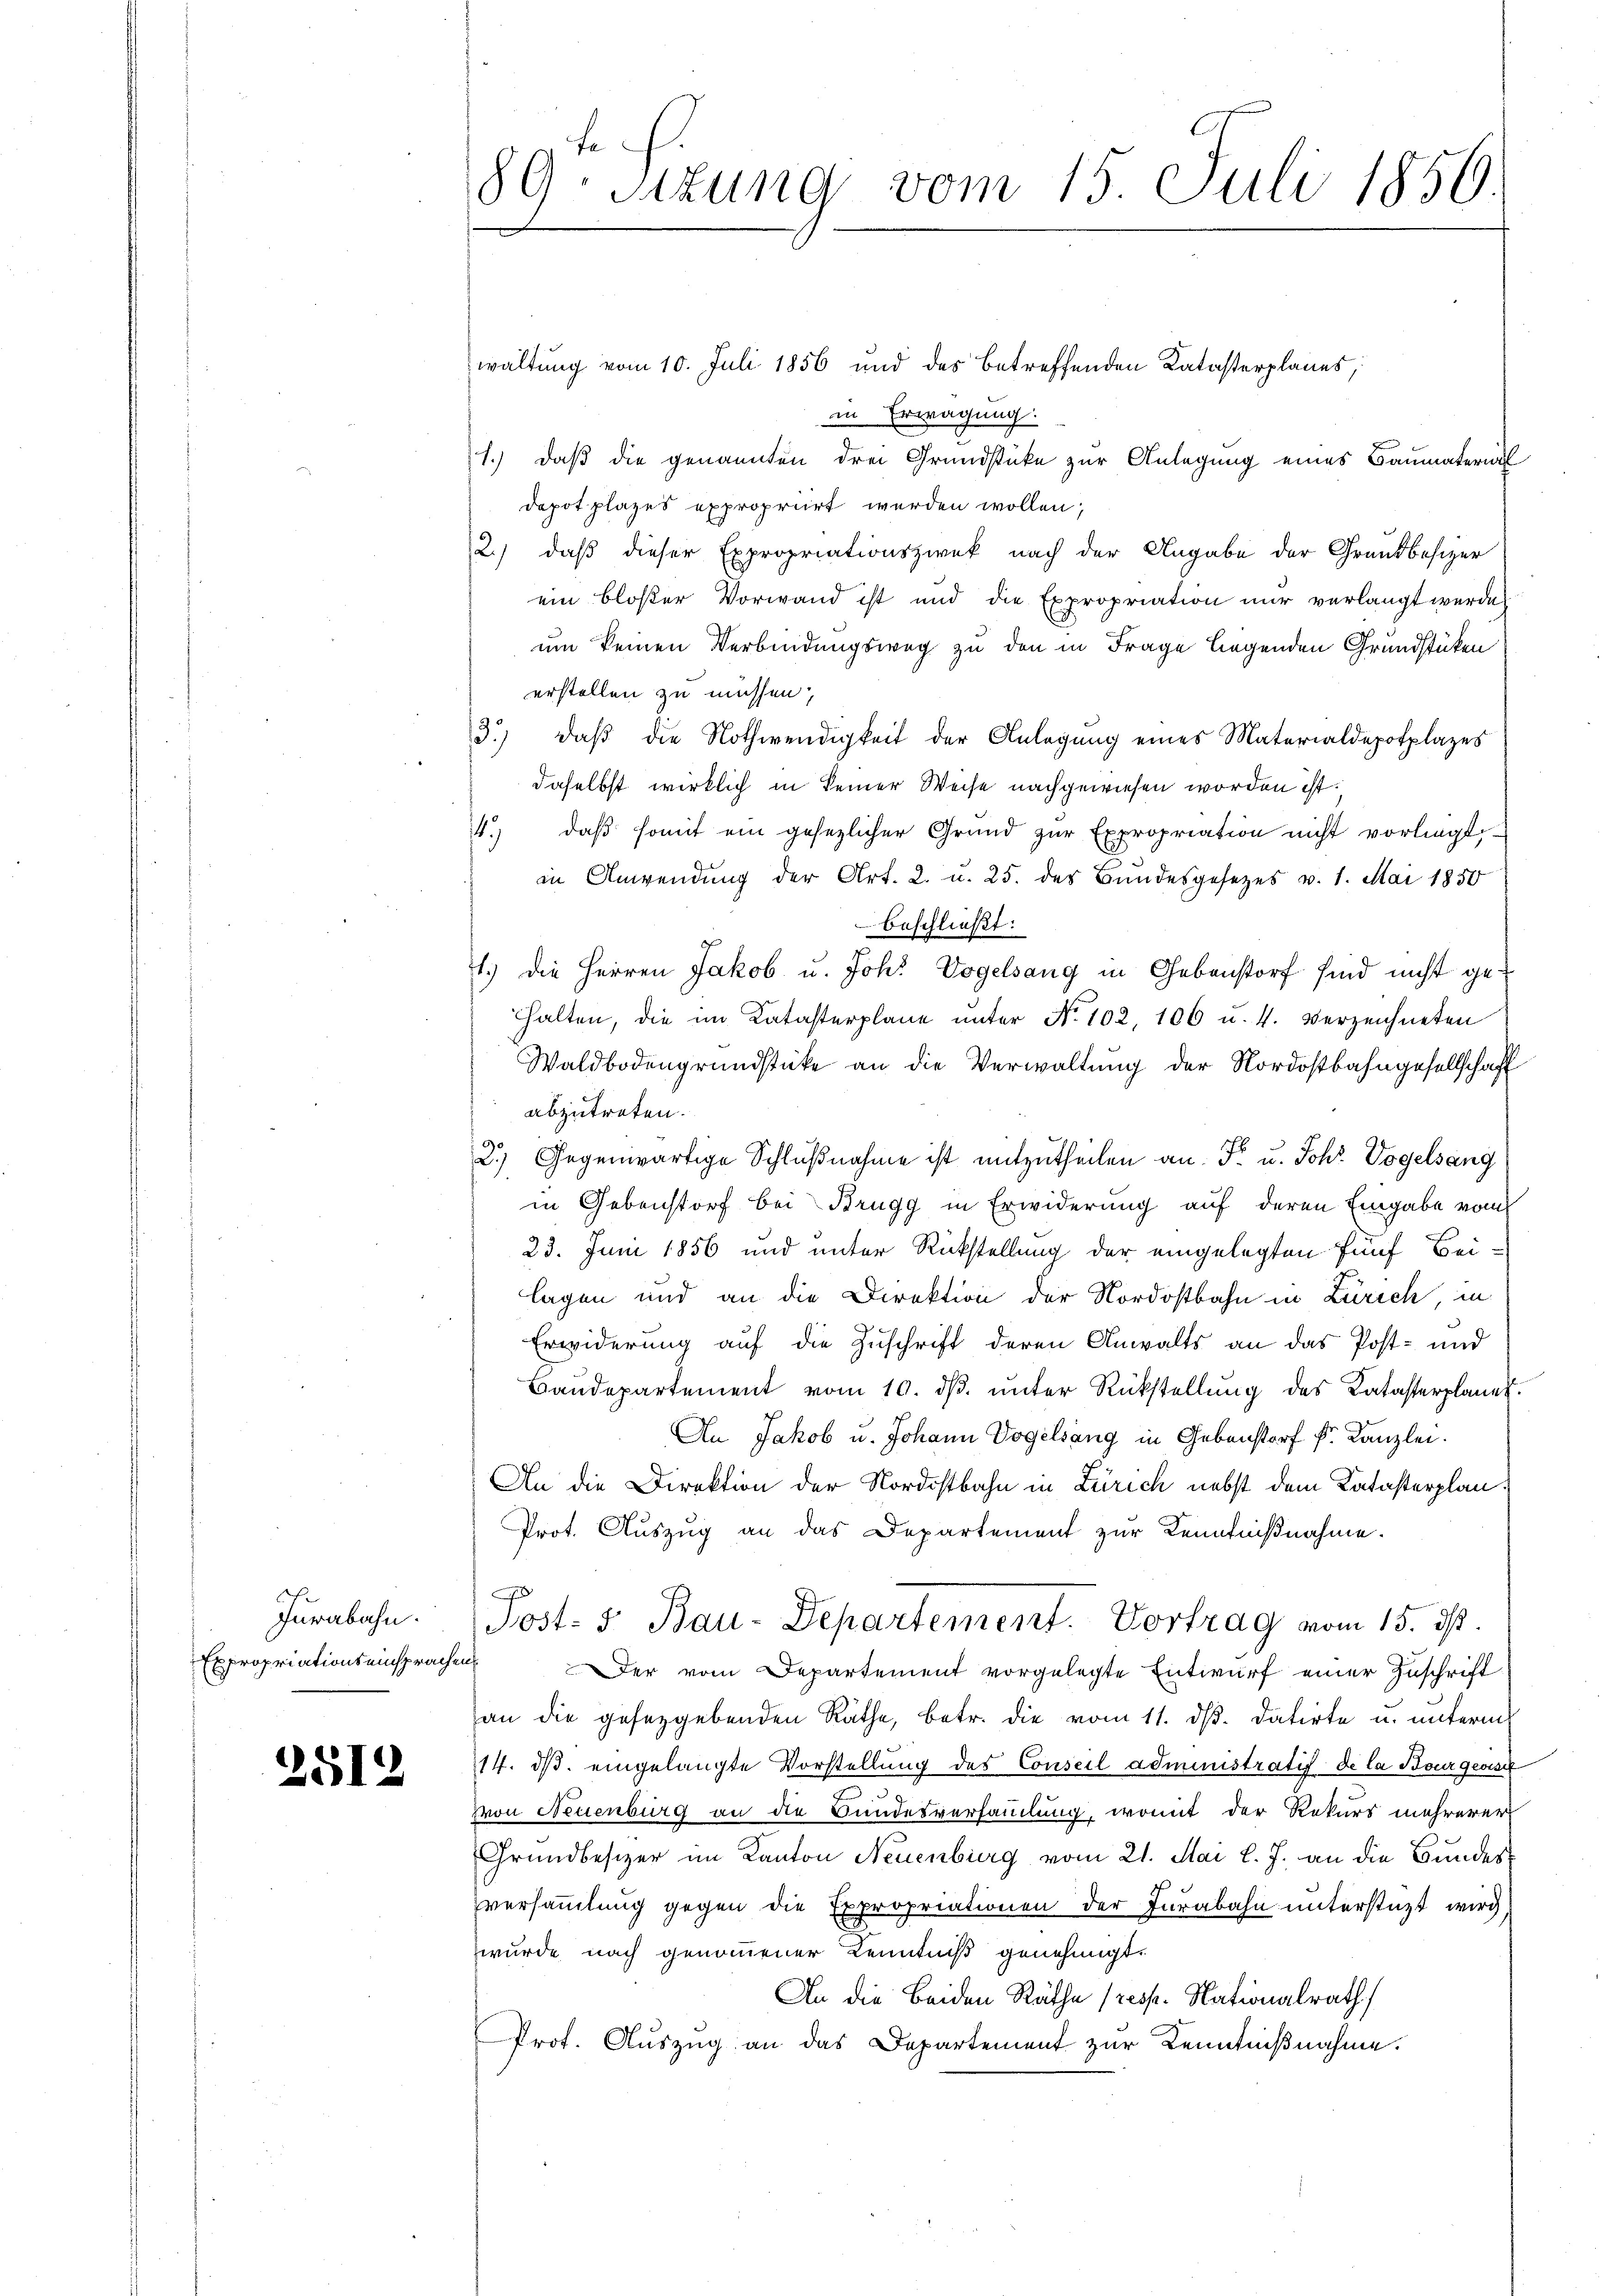
Jurabahn.
Expropriations einsprachen

2512

waltung vom 10. Juli 1856 und des betreffenden Katasterplanes,
in Erwägung:
1.) daß die genannten drei Grundstücke zur Anlegung eines Baumaterial
depot plazes expropriirt werden wollen;
2.) daß dieser Expropriationszweck nach der Angabe der Grundbesizer
ein bloßer Vorwand ist und die Expropriation nur verlangt werde,
um keinen Verbindungsweg zu den in Frage liegenden Grundstücken
erstellen zu müssen,
3.) daß die Nothwendigkeit der Anlegung eines Materialdepotplazes
daselbst wirklich in keiner Weise nachgewiesen worden ist.
daβ somit ein gesezlicher Grund zur Expropriation nicht vorliegt,
4
in Anwendung der Art. 2. u. 25. des Bundesgesezes v. 1. Mai 1850
beschließt:
1.) Die Herren Jakob u. Joh. Vogelsang in Gebenstorf sind nicht gehhalten, die im Katasterplane ŭnter No 102, 106 u. 4. Verzeichneten
Waldbodengrundstücke an die Verwaltung der Nordostbahngesellschaft
abzutreten.
2.) Gegenwärtige Schlußnahme ist mitzutheilen an. F. u. Joh: Vogelsang
in Gebenstorf bei Brugg in Erwiderung auf deren Eingabe vom
23. Juni 1856 und unter Rückstellung der eingelegten fünf Bei-
lagen und an die Direktion der Nordostbahn in Zürich, in
Erwiderung auf die Zuschrift deren Anwalts an das Post- und
Baudepartement vom 10. ds. unter Rückstellung des Katasterplanes.
An Jakob u. Johann Vogelsang in Gebenstorf fr. Kanzlei.
An die Direktion der Nordostbahn in Zürich nebst dem Katasterplan.
Prot. Auszug an das Departement zur Kenntnißnahme.
J
Jost: 5. Bau-Departement. Vortrag vom 15. ds.
Der vom Departement vorgelegte Entwurf einer Zuschrift
an die geseggebenden Räthe, betr. die vom 11. dβ. datirte u. unterm
14. ds. eingelangte Vorstellung des Conseil administratif de la Bourgeoisir
von Neuenburg an die Bundesversammlung, womit der Rekurs mehrerer
Grundbesizer im Kanton Neuenburg vom 21. Mai l. J. an die Bundesversammlung gegen die Expropriationen der Jurabahn unterstüzt wird
wurde nach genommener Kenntniß genehmigt.
An die Beiden Räthe (resp. Nationalrath
Prof. Auszug an das Departement zur Kenntnißnahme.

89. Sitzung vom 15. Juli 1856.